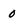
Character: 0